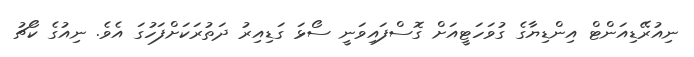
ނިއުރޭޑިއަންޓް އިންޑިޔާގެ ގުވަހަޓީއަށް ގޮސްފައިވަނީ ސޯޅަ ގަޑިއިރު ދަތުރަކަށްފަހުގަ އެވެ. ނިއުގެ ކޯޗު